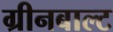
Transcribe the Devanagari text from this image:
ग्रीनबाल्ट